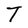
Character: T